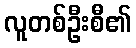
လူတစ်ဦးစီ၏